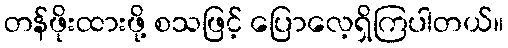
တန်ဖိုးထားဖို့ စသဖြင့် ပြောလေ့ရှိကြပါတယ်။